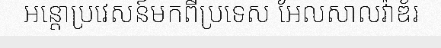
អន្តោប្រវេសន៍មកពីប្រទេស អែលសាលវ៉ាឌ័រ